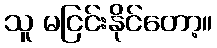
သူ မငြင်းနိုင်တော့။